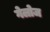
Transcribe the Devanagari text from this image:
गेलोज